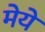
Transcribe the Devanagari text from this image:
मेये